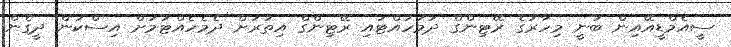
ސީއެމްޑީއޭއިން ބުނީ މިހާރުގެ ރޭޓިންގް ދަމަހައްޓައި ރޭޓިންގް އިތުރަށް ދެމެހެއްޓުމަށް އިސްކަން ދީގެން